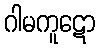
ဂါမကူဋော